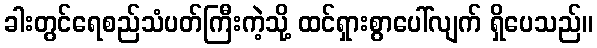
ခါးတွင်ရေစည်သံပတ်ကြီးကဲ့သို့ ထင်ရှားစွာပေါ်လျက် ရှိပေသည်။